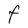
Character: F